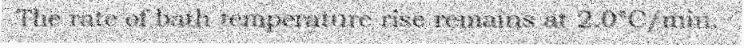
The rate of bath temperature rise remains at 2.0°C/min.